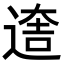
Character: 𨕎